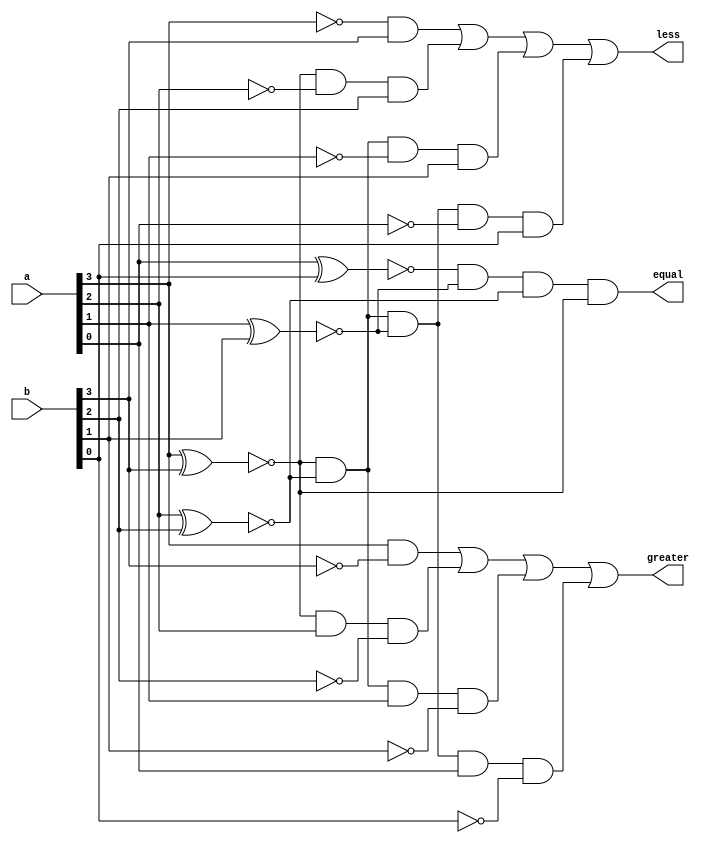
`timescale 1ns / 1ps
//////////////////////////////////////////////////////////////////////////////////
// Company: 
// Engineer: 
// 
// Design Name: 
// Module Name: comparator
// Project Name: 
// Target Devices: 
// Tool Versions: 
// Description: 
// 
// Dependencies: 
// 
// Revision:
// Revision 0.01 - File Created
// Additional Comments:
// 
//////////////////////////////////////////////////////////////////////////////////


module comparator(
input [3:0] a,
input [3:0] b,
output less, greater, equal
);

wire [3:0] x;
assign x[0] = ~(a[0]^b[0]);
assign x[1] = ~(a[1]^b[1]);
assign x[2] = ~(a[2]^b[2]);
assign x[3] = ~(a[3]^b[3]);

assign equal = x[0]&x[1]&x[2]&x[3];
assign greater = a[3]&~b[3] | x[3]&a[2]&~b[2] | x[3]&x[2]&a[1]&~b[1] | x[3]&x[2]&x[1]&a[0]&~b[0] ;
assign less =    ~a[3]&b[3] | x[3]&~a[2]&b[2] | x[3]&x[2]&~a[1]&b[1] | x[3]&x[2]&x[1]&~a[0]&b[0] ;

endmodule